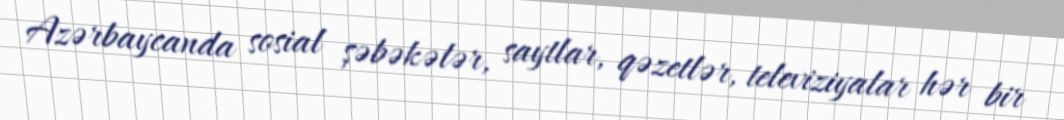
Azərbaycanda sosial şəbəkələr, saytlar, qəzetlər, televiziyalar hər bir